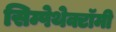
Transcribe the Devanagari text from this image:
सिम्पेथेक्टॉमी